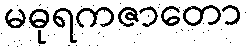
မဓုရကဇာတော